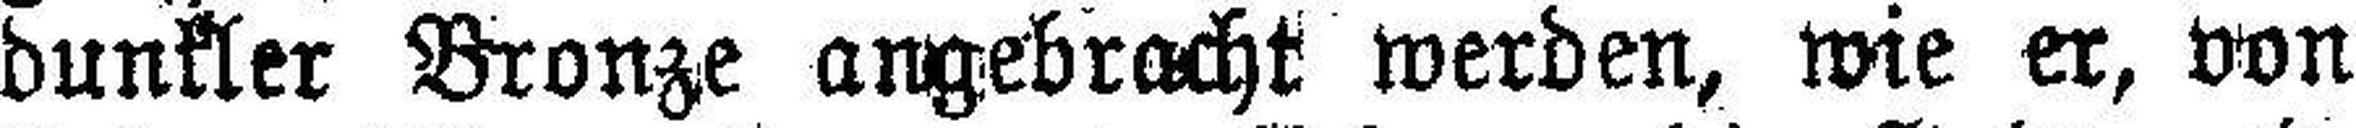
dunkler Bronze angebracht werden, wie er, von